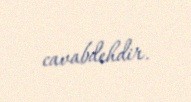
cavabdehdir.